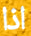
اذا